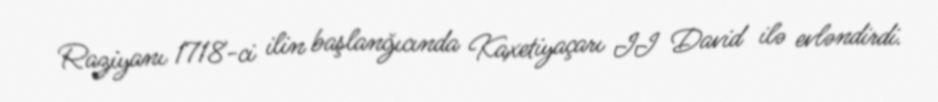
Raziyanı 1718-ci ilin başlanğıcında Kaxetiyaçarı II David ilə evləndirdi.